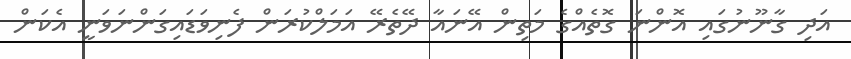
އަދި ގާނޫނުގައި އޮންނަ ގޮތެއްގެ މަތިން އޭނައާ ދޭތެރޭ އަމަލްކުރަން ފެނިވަޑައިގަންނަވަނީ އެކަން